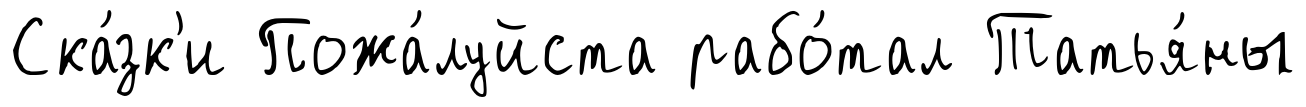
Ска́зк'и Пожа́луйста рабо́тал Татья́ны